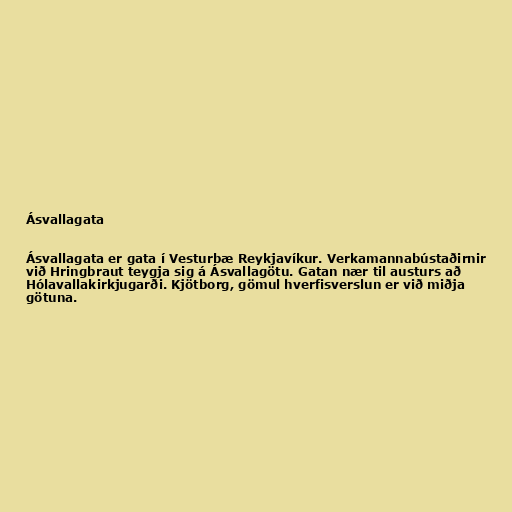
Ásvallagata

Ásvallagata er gata í Vesturbæ Reykjavíkur. Verkamannabústaðirnir
við Hringbraut teygja sig á Ásvallagötu. Gatan nær til austurs að
Hólavallakirkjugarði. Kjötborg, gömul hverfisverslun er við miðja
götuna.